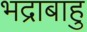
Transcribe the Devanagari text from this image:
भद्राबाहु